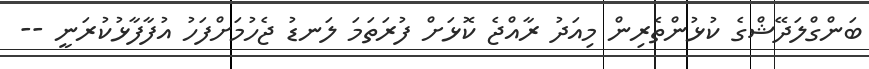
ބަންގްލަދޭޝްގެ ކުޅުންތެރިން މިއަދު ރާއްޖެ ކޮޅަށް ފުރަތަމަ ލަނޑު ޖެހުމަށްފަހު އުފާފާޅުކުރަނީ --